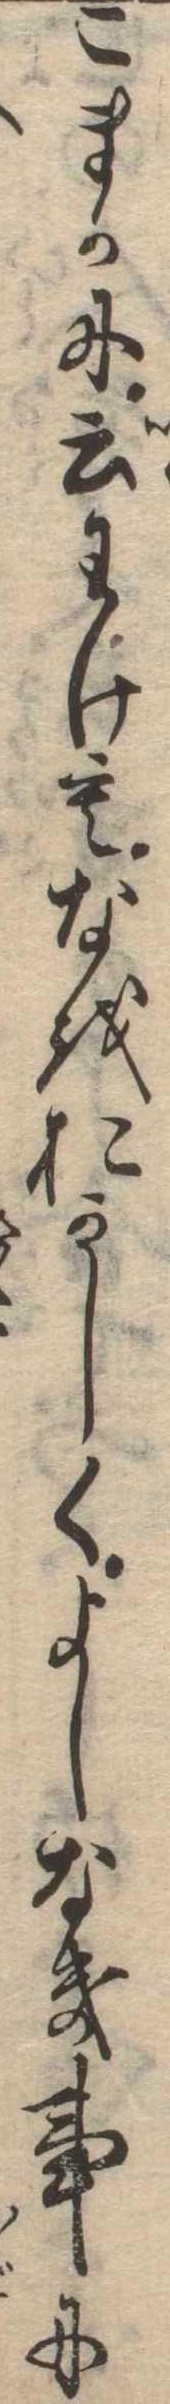
こまかに云わけもなをおかしくよしなき事に